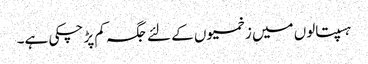
ہسپتالوں میں زخمیوں کے لئے جگہ کم پڑ چکی ہے۔